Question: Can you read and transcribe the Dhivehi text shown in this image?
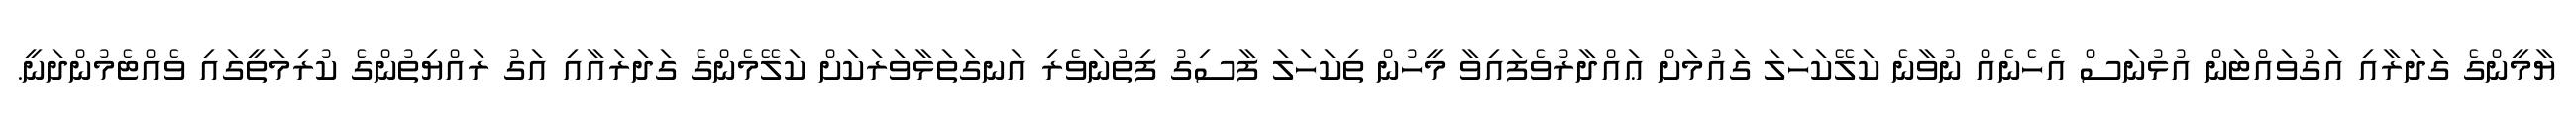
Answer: ޔާމީންގެ ގަދަރާއި އަގުވައްޓަން އުޅުނަސް އެހެނެއް ނުވާނެ ކަލޭކަހަލަ ގައުމަށް ޢައްދާރުވެފައިވާ މީހުން ތިކަހަލަ ފާސިގު ފިތުނަވެރި އަނގަތަޅާވަރަކަށް ކަލޭމެންގެ ގަދަރައާއި އަގު ރައްޔިތުންގެ ކުރިމަތީގައި ވެއްޓެމުންދަނީ.